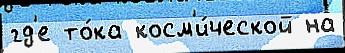
гд'е то́ка косм'и́ческой на